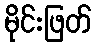
မိုင်းဖြတ်